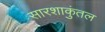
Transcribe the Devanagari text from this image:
सारशाकुंतल